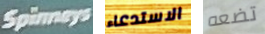
Spinneys الاستدعاء تضعه